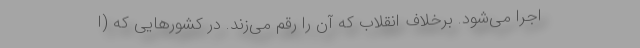
اجرا می‌شود. برخلاف انقلاب که آن را رقم می‌زند. در کشورهایی که (ا